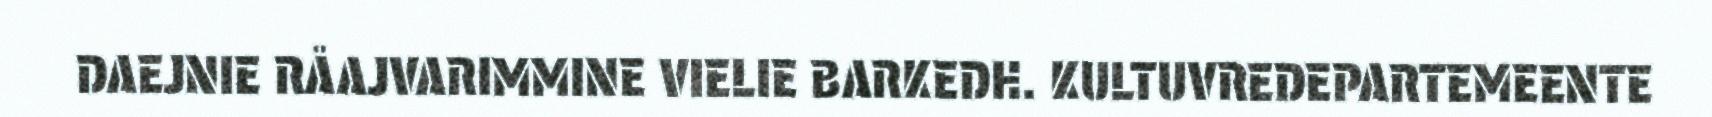
DAEJNIE RÅAJVARIMMINE VIELIE BARKEDH. KULTUVREDEPARTEMEENTE